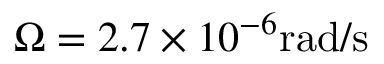
\Omega = 2 . 7 \times 1 0 ^ { - 6 } \mathrm { r a d / s }